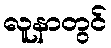
လူနာတွင်